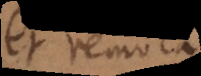
et remota